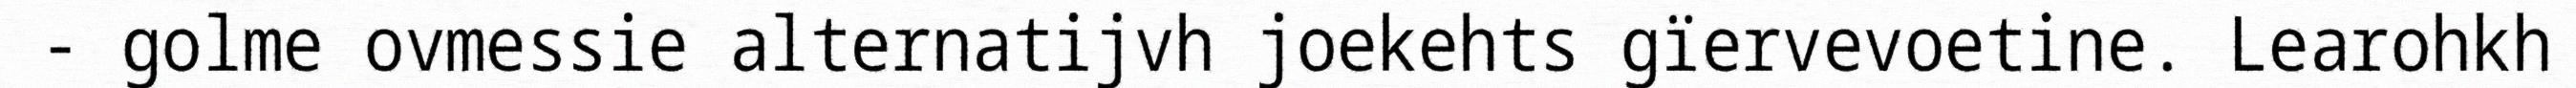
- golme ovmessie alternatijvh joekehts gïervevoetine. Learohkh